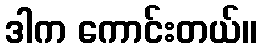
ဒါက ကောင်းတယ်။